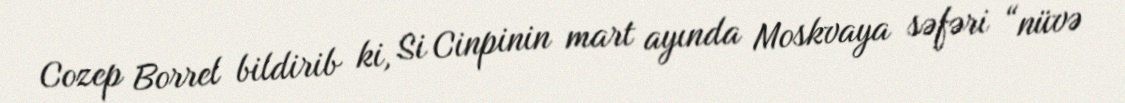
Cozep Borrel bildirib ki, Si Cinpinin mart ayında Moskvaya səfəri “nüvə